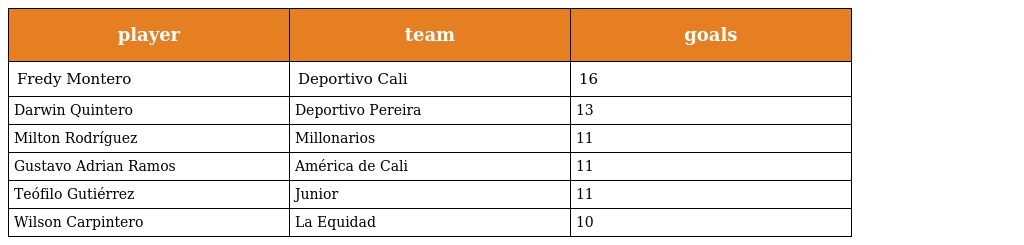
| player | team | goals |
 | --- | --- | --- |
 | Fredy Montero | Deportivo Cali | 16 |
 | Darwin Quintero | Deportivo Pereira | 13 |
 | Milton Rodríguez | Millonarios | 11 |
 | Gustavo Adrian Ramos | América de Cali | 11 |
 | Teófilo Gutiérrez | Junior | 11 |
 | Wilson Carpintero | La Equidad | 10 |